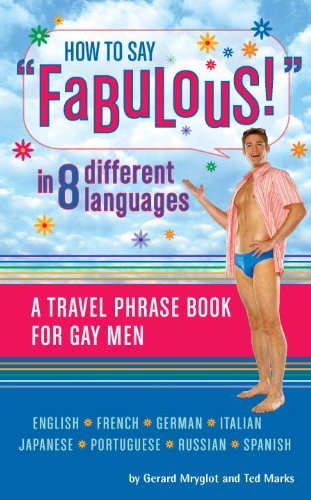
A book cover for How to Say Fabulous! in 8 Different Languages; Gerard Mryglot; Gay & Lesbian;